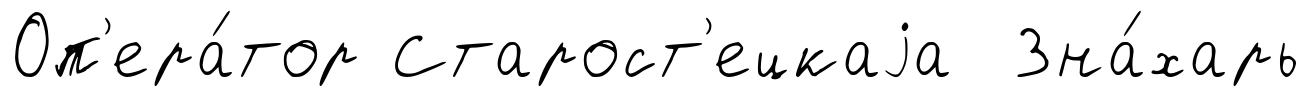
Оп'ера́тор Старост'ецкаjа Зна́харь